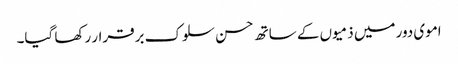
اموی دور میں ذمیوں کے ساتھ حسن سلوک برقرار رکھا گیا۔